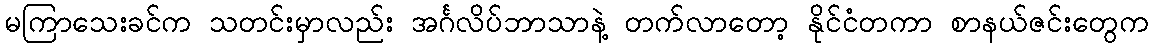
မကြာသေးခင်က သတင်းမှာလည်း အင်္ဂလိပ်ဘာသာနဲ့ တက်လာတော့ နိုင်ငံတကာ စာနယ်ဇင်းတွေက